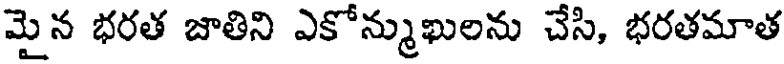
మైన భరత జాతిని ఎకోన్ముఖులను చేసి, భరతమాత